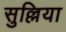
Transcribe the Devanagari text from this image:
सुल्लिया